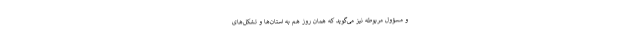
و مسؤول مربوطه نیز می‌گوید که همان روز هم به استان‌ها و تشکل‌های